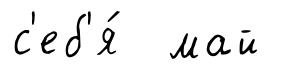
с'еб'я́ май